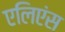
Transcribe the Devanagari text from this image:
एलिएंस